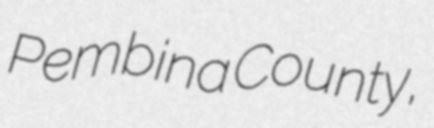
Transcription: Pembina County,